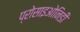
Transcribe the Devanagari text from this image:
प्रोसाइओनिडी